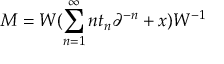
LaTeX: { \cal M } = { \cal W } ( \sum _ { n = 1 } ^ { \infty } n t _ { n } \partial ^ { - n } + x ) { \cal W } ^ { - 1 }